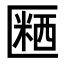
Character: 𪟱